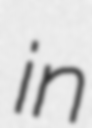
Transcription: in